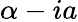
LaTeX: \alpha-ia